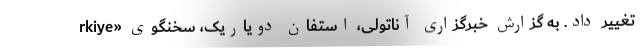
rkiye» تغییر داد. به گزارش خبرگزاری آناتولی، استفان دویاریک، سخنگوی